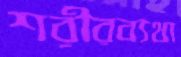
শরীরব্যথা